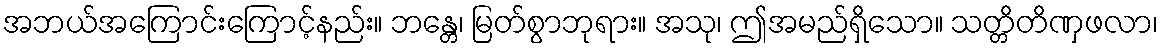
အဘယ်အကြောင်းကြောင့်နည်း။ ဘန္တေ၊ မြတ်စွာဘုရား။ အသု၊ ဤအမည်ရှိသော။ သတ္တိတိဏှဖလာ၊